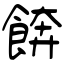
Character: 餴